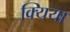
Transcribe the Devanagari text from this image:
क्यिया